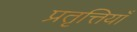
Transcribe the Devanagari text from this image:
प्रतृत्तियाँ